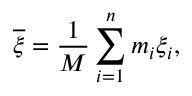
{ \overline { { \xi } } } = { \frac { 1 } { M } } \sum _ { i = 1 } ^ { n } m _ { i } \xi _ { i } ,